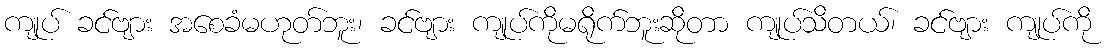
ကျုပ် ခင်ဗျား အစေခံမဟုတ်ဘူး၊ ခင်ဗျား ကျုပ်ကိုမရိုက်ဘူးဆိုတာ ကျုပ်သိတယ်၊ ခင်ဗျား ကျုပ်ကို